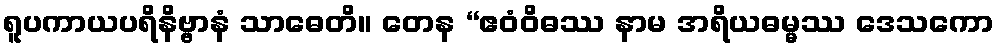
ရူပကာယပရိနိဗ္ဗာနံ သာဓေတိ။ တေန “ဧဝံဝိဓဿ နာမ အရိယဓမ္မဿ ဒေသကော